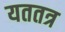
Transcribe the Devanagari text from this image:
यततत्र